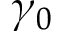
\gamma _ { 0 }